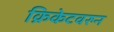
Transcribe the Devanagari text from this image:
क्रिकेटवरुन